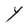
Character: Y